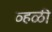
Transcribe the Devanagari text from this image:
व्हळी